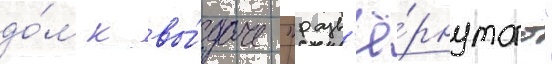
до́м к вы́даче "разв'ё́рнутого"